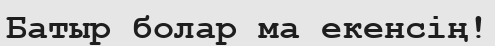
Батыр болар ма екенсің!